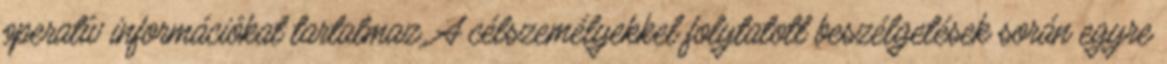
operatív információkat tartalmaz. A célszemélyekkel folytatott beszélgetések során egyre